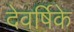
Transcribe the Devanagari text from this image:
देवर्षिके